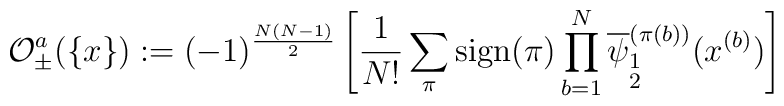
{\cal O}_\pm^a( \{x\} ) := (-1)^{\frac{N(N-1)}{2}}\left[\frac{1}{N!} \sum_\pi \mbox{sign}(\pi) \prod_{b=1}^{N}\overline{\psi}^{(\pi(b))}_{\stackrel{{\scriptstyle 1}}{{\scriptstyle 2}}}(x^{(b)})\right]